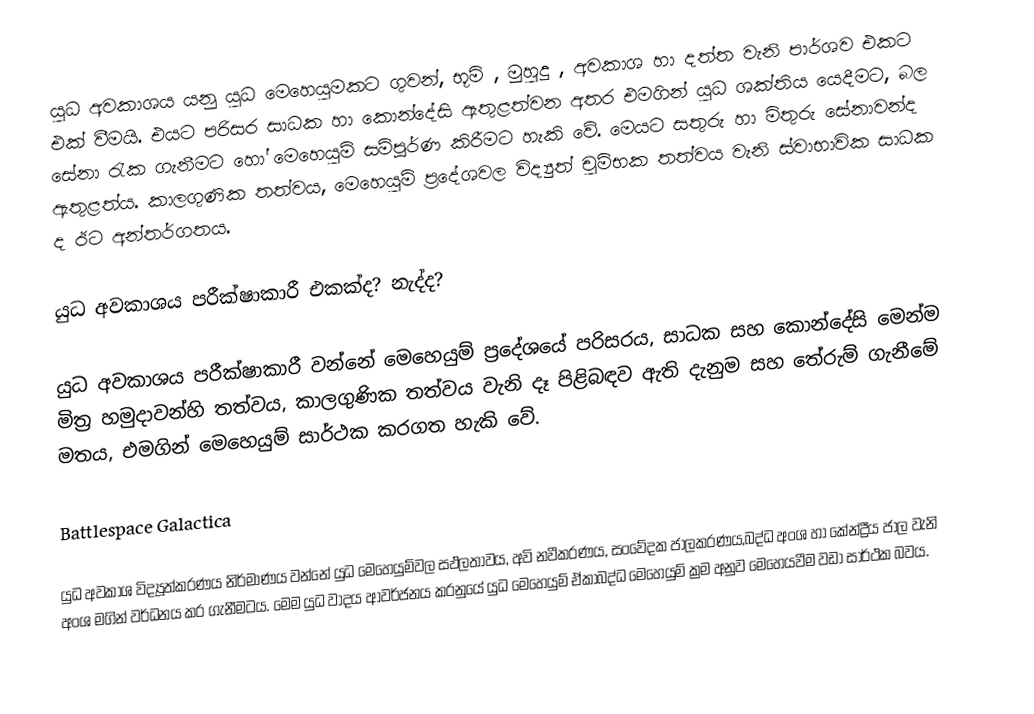
යුධ අවකාශය යනු යුධ මෙහෙයුමකට ගුවන්, භූමි , මුහුදු , අවකාශ හා දත්ත වැනි පාර්ශව එකට එක් වීමයි. එයට පරිසර සාධක හා කොන්දේසි ඇතුළත්වන අතර එමගින් යුධ ශක්තිය යෙදීමට, බල සේනා රැක ගැනීමට හෝ මෙහෙයුම් සම්පූර්ණ කිරීමට හැකි වේ. මෙයට සතුරු හා මිතුරු සේනාවන්ද ඇතුළත්ය. කාලගුණික තත්වය, මෙහෙයුම් ප්‍රදේශවල විද්‍යුත් චුම්භක තත්වය වැනි  ස්වාභාවික සාධක ද ඊට අන්තර්ගතය.

යුධ අවකාශය පරීක්ෂාකාරී එකක්ද? නැද්ද?

යුධ අවකාශය පරීක්ෂාකාරී වන්නේ මෙහෙයුම් ප්‍රදේශයේ පරිසරය, සාධක සහ කොන්දේසි මෙන්ම මිත්‍ර හමුදාවන්හි තත්වය, කාලගුණික තත්වය වැනි දෑ පිළිබඳව ඇති දැනුම සහ තේරුම් ගැනීමේ මතය, එමගින් මෙහෙයුම් සාර්ථක කරගත හැකි වේ.

Battlespace Galactica

යුධ අවකාශ විද්‍යූත්කරණය නිර්මාණය වන්නේ යුධ මෙහෙයුම්වල සඵලතාවය, අවි නවීකරණය, සංවේදක ජාලකරණය,බද්ධ අංශ හා කේන්ද්‍රීය ජාල වැනි අංශ මගින් වර්ධනය කර ගැනීමටය. මෙම යුධ වාදය ආවර්ජනය කරනුයේ යුධ මෙහෙයුම් ඒකාබද්ධ මෙහෙයුම් ක්‍රම අනුව මෙහෙයවීම වඩා සාර්ථක බවය.